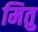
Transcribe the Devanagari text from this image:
मितु